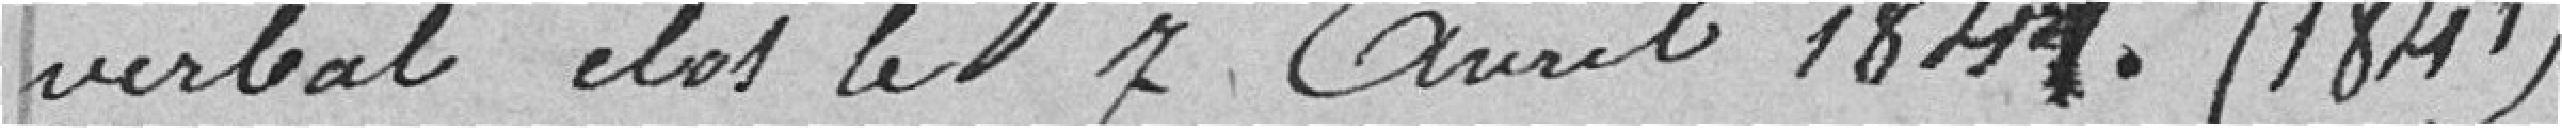
dit procès-verbal clos le 7 avril 1841. (1841)